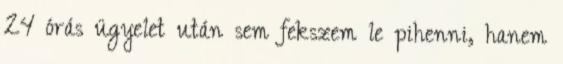
24 órás ügyelet után sem fekszem le pihenni, hanem